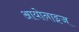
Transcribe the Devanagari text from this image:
आयोनाइज